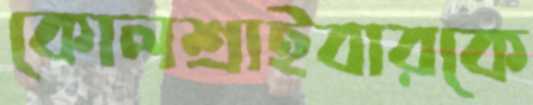
কোলশ্রাইবারকে